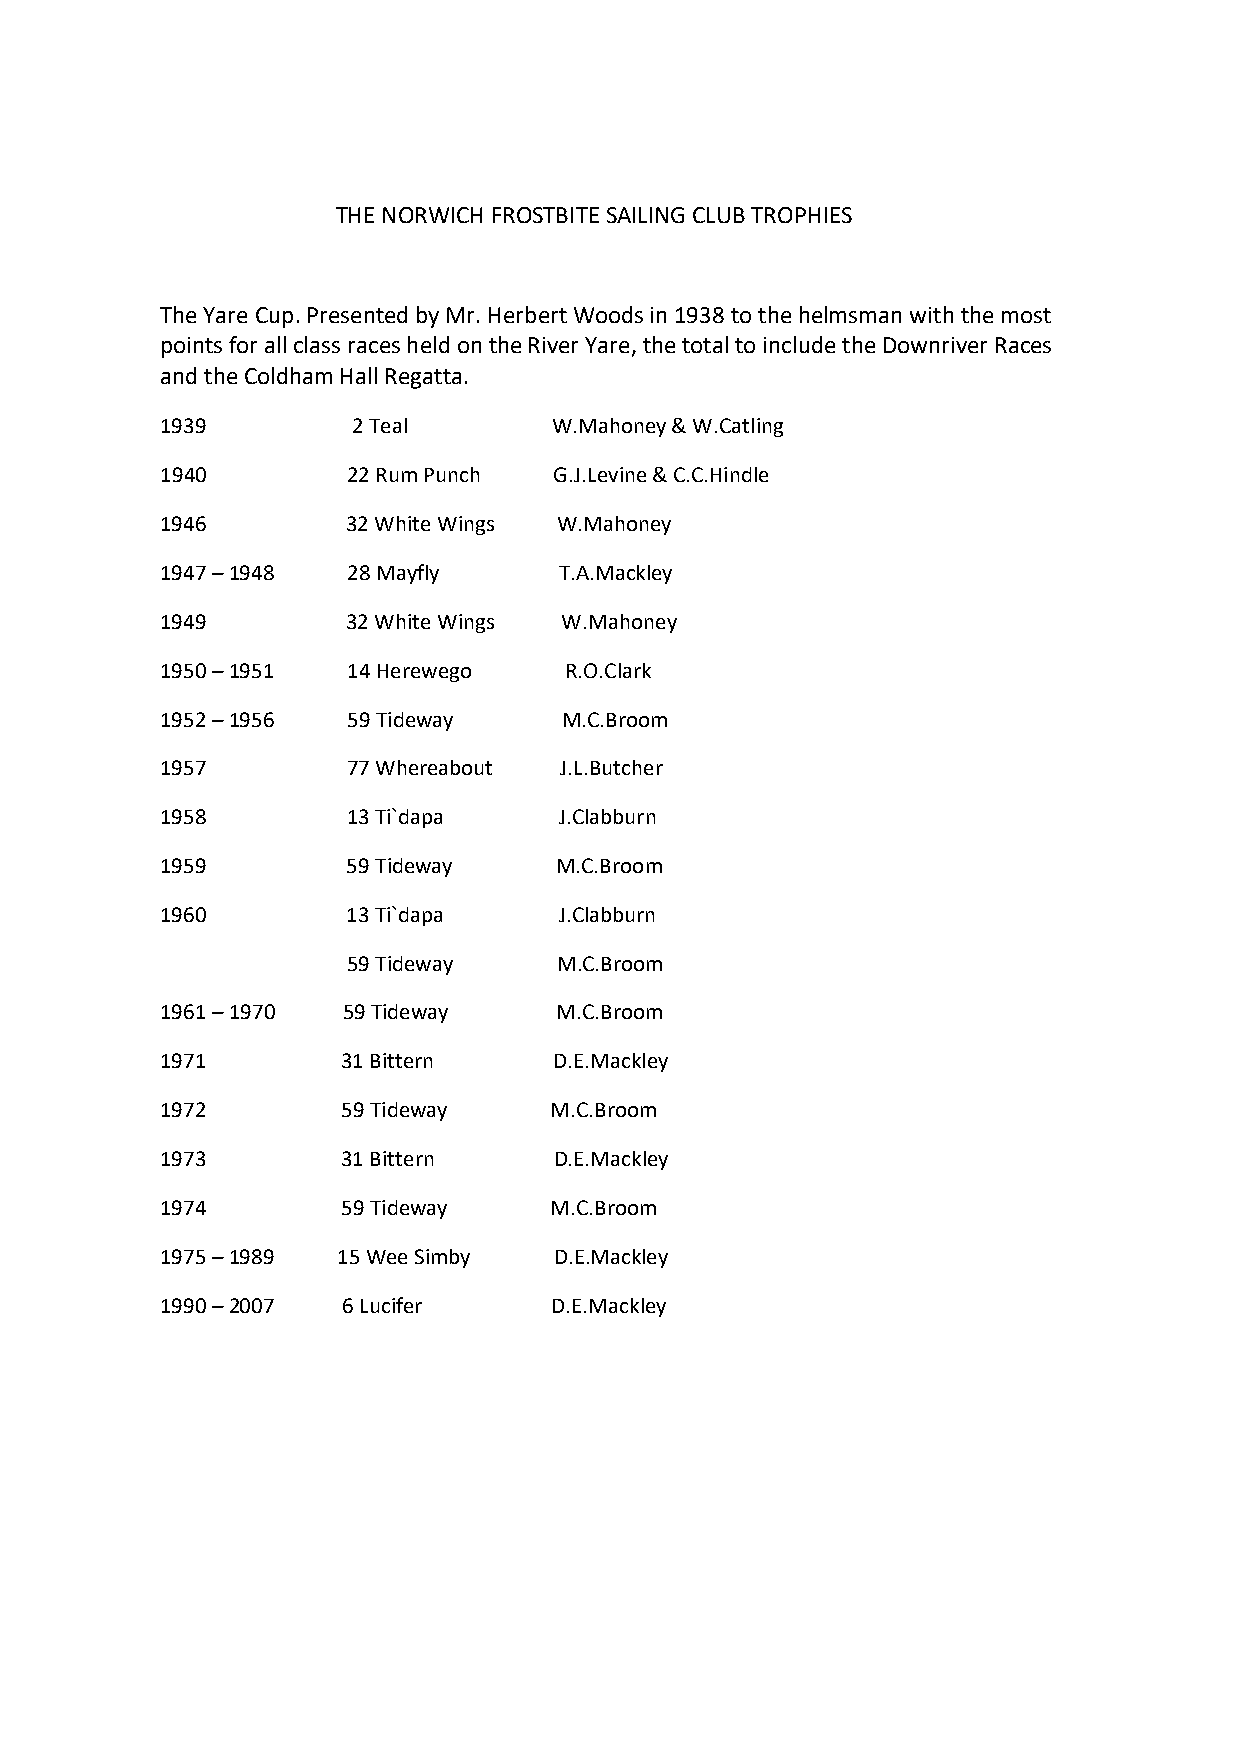
THE NORWICH FROSTBITE SAILING CLUB TROPHIES
 The Yare Cup. Presented by Mr. Herbert Woods in 1938 to the helmsman with the most
 points for all class races held on the River Yare, the total to include the Downriver Races
 and the Coldham Hall Regatta.
 1939        2 Teal        W.Mahoney & W.Catling
 1940        22 Rum Punch  G.J.Levine & C.C.Hindle
 1946        32 White Wings W.Mahoney
 1947 – 1948 28 Mayfly     T.A.Mackley
 1949        32 White Wings W.Mahoney
 1950 – 1951 14 Herewego   R.O.Clark
 1952 – 1956 59 Tideway    M.C.Broom
 1957        77 Whereabout J.L.Butcher
 1958        13 Ti`dapa    J.Clabburn
 1959        59 Tideway    M.C.Broom
 1960        13 Ti`dapa    J.Clabburn
 59 Tideway    M.C.Broom
 1961 – 1970 59 Tideway    M.C.Broom
 1971        31 Bittern    D.E.Mackley
 1972        59 Tideway   M.C.Broom
 1973        31 Bittern    D.E.Mackley
 1974        59 Tideway   M.C.Broom
 1975 – 1989 15 Wee Simby  D.E.Mackley
 1990 – 2007 6 Lucifer     D.E.Mackley